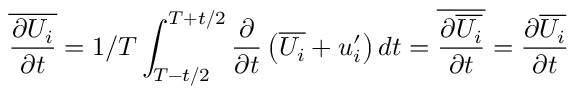
\overline { { \frac { \partial U _ { i } } { \partial t } } } = { 1 / T } \int _ { T - t / 2 } ^ { T + t / 2 } { \frac { \partial } { \partial t } } \left( \overline { { U _ { i } } } + u _ { i } ^ { \prime } \right) d t = \overline { { \frac { \partial \overline { { U _ { i } } } } { \partial t } } } = { \frac { \partial \overline { { U _ { i } } } } { \partial t } }